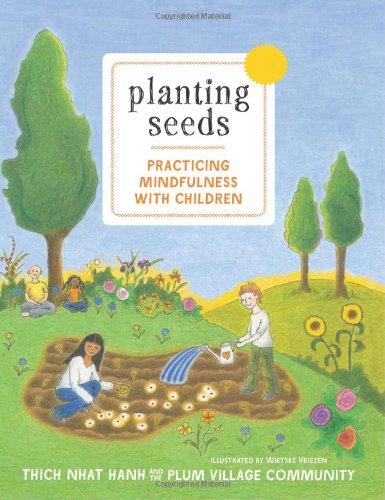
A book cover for Planting Seeds: Practicing Mindfulness with Children; Thich Nhat Hanh; Parenting & Relationships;